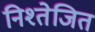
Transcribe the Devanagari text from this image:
निश्तेजित